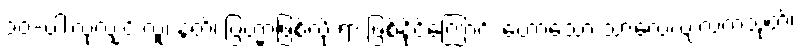
၁၀-ပါးလုံလျှင် လူ၊ နတ်၊ ဗြဟ္မာဖြစ်လို ရာ ဖြစ်နိုင်ကြောင်း ဟောသော သာလေယျလကသုတ်၊